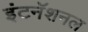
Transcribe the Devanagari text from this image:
इंटनॅशनल